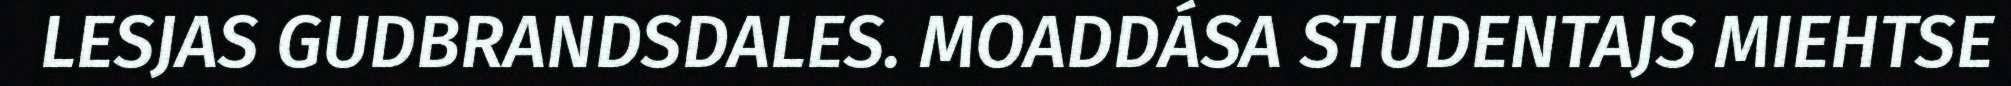
LESJAS GUDBRANDSDALES. MOADDÁSA STUDENTAJS MIEHTSE